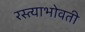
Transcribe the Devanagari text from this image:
रस्त्याभोवती